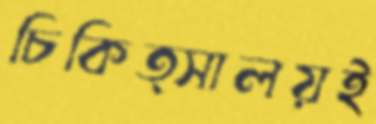
চিকিত্সালয়ই